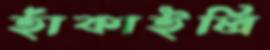
হাঁকাইলি